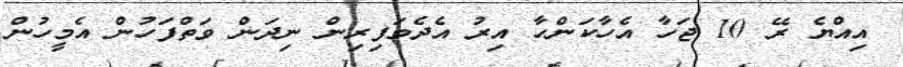
އިއްޔެ ރޭ 10 ޖަހާ އެހާކަންހާ އިރު އެދެމަފިރިން ނިދަން ވަތްފަހުން އެމީހުން